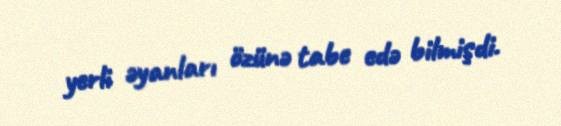
yerli əyanları özünə tabe edə bilmişdi.